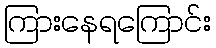
ကြားနေရကြောင်း